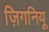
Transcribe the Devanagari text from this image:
ज़िगनियू